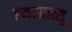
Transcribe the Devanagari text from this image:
हमामात्सू